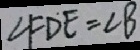
\angle F D E = \angle B